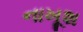
નાખૂશ